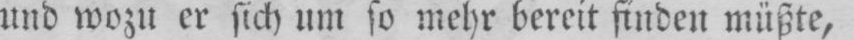
und wozu er sich um so mehr bereit finden müßte,